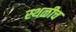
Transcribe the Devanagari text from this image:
स्थळीच